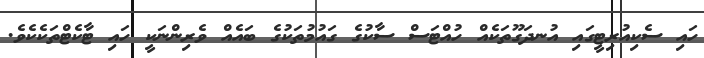
ހައި ސެކިއުރިޓީގައި އުނދަގޫތަކެއް ހުއްޓަސް ސާކުގެ ގައުމުތަކުގެ ބައެއް ވެރިންނަކީ ހައި ޓާކެޓްތަކެކެވެ.